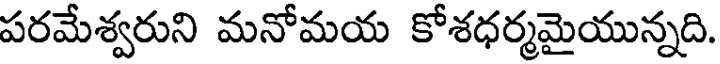
పరమేశ్వరుని మనోమయ కోశధర్మమైయున్నది.